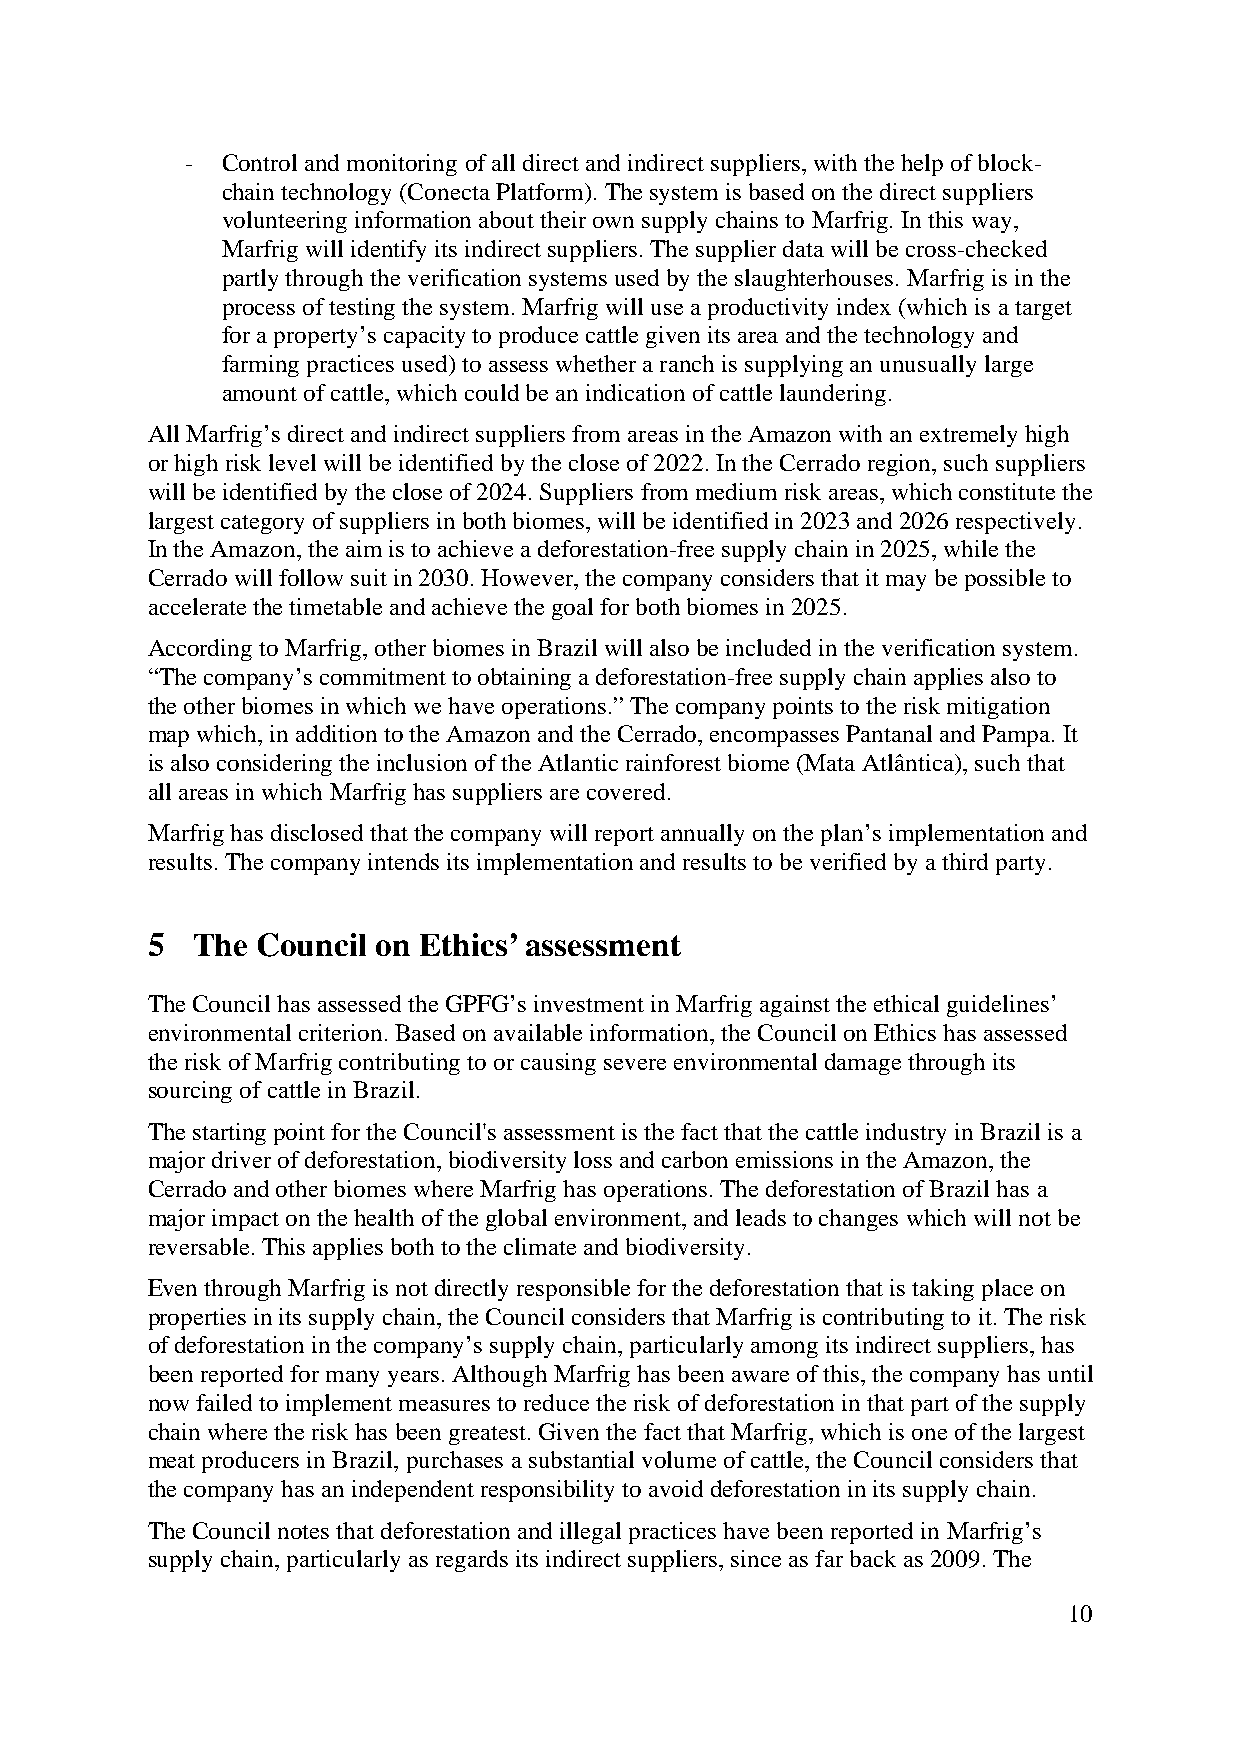
-  Control and monitoring of all direct and indirect suppliers, with the help of block-
 chain technology (Conecta Platform). The system is based on the direct suppliers
 volunteering information about their own supply chains to Marfrig. In this way,
 Marfrig will identify its indirect suppliers. The supplier data will be cross-checked
 partly through the verification systems used by the slaughterhouses. Marfrig is in the
 process of testing the system. Marfrig will use a productivity index (which is a target
 for a property’s capacity to produce cattle given its area and the technology and
 farming practices used) to assess whether a ranch is supplying an unusually large
 amount of cattle, which could be an indication of cattle laundering.
 All Marfrig’s direct and indirect suppliers from areas in the Amazon with an extremely high
 or high risk level will be identified by the close of 2022. In the Cerrado region, such suppliers
 will be identified by the close of 2024. Suppliers from medium risk areas, which constitute the
 largest category of suppliers in both biomes, will be identified in 2023 and 2026 respectively.
 In the Amazon, the aim is to achieve a deforestation-free supply chain in 2025, while the
 Cerrado will follow suit in 2030. However, the company considers that it may be possible to
 accelerate the timetable and achieve the goal for both biomes in 2025.
 According to Marfrig, other biomes in Brazil will also be included in the verification system.
 “The company’s commitment to obtaining a deforestation-free supply chain applies also to
 the other biomes in which we have operations.” The company points to the risk mitigation
 map which, in addition to the Amazon and the Cerrado, encompasses Pantanal and Pampa. It
 is also considering the inclusion of the Atlantic rainforest biome (Mata Atlântica), such that
 all areas in which Marfrig has suppliers are covered.
 Marfrig has disclosed that the company will report annually on the plan’s implementation and
 results. The company intends its implementation and results to be verified by a third party.
 5  The Council on Ethics’ assessment
 The Council has assessed the GPFG’s investment in Marfrig against the ethical guidelines’
 environmental criterion. Based on available information, the Council on Ethics has assessed
 the risk of Marfrig contributing to or causing severe environmental damage through its
 sourcing of cattle in Brazil.
 The starting point for the Council's assessment is the fact that the cattle industry in Brazil is a
 major driver of deforestation, biodiversity loss and carbon emissions in the Amazon, the
 Cerrado and other biomes where Marfrig has operations. The deforestation of Brazil has a
 major impact on the health of the global environment, and leads to changes which will not be
 reversable. This applies both to the climate and biodiversity.
 Even through Marfrig is not directly responsible for the deforestation that is taking place on
 properties in its supply chain, the Council considers that Marfrig is contributing to it. The risk
 of deforestation in the company’s supply chain, particularly among its indirect suppliers, has
 been reported for many years. Although Marfrig has been aware of this, the company has until
 now failed to implement measures to reduce the risk of deforestation in that part of the supply
 chain where the risk has been greatest. Given the fact that Marfrig, which is one of the largest
 meat producers in Brazil, purchases a substantial volume of cattle, the Council considers that
 the company has an independent responsibility to avoid deforestation in its supply chain.
 The Council notes that deforestation and illegal practices have been reported in Marfrig’s
 supply chain, particularly as regards its indirect suppliers, since as far back as 2009. The
 10